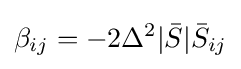
\beta _{ij}=-2\Delta ^{2}|{\bar {S}}|{\bar {S}}_{ij}